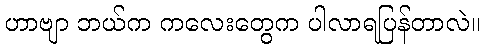
ဟာဗျာ ဘယ်က ကလေးတွေက ပါလာရပြန်တာလဲ။